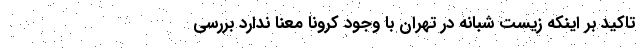
تاکید بر اینکه زیست شبانه در تهران با وجود کرونا معنا ندارد بررسی